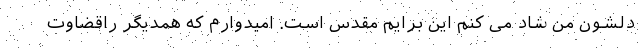
دلشون من شاد می کنم این برایم مقدس است. امیدوارم که همدیگر راقضاوت